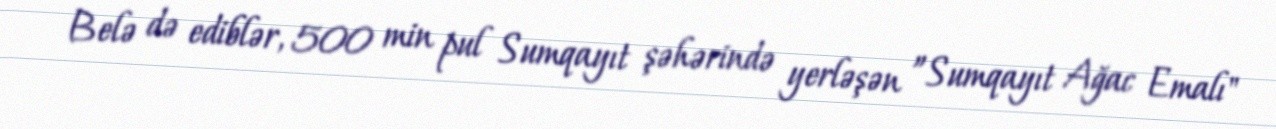
Belə də ediblər, 500 min pul Sumqayıt şəhərində yerləşən ”Sumqayıt Ağac Emalı"